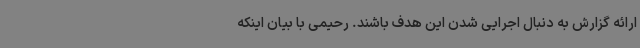
ارائه گزارش به دنبال اجرایی شدن این هدف باشند. رحیمی با بیان اینکه